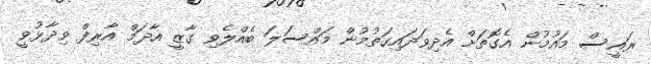
ރައީސް މައުމުން އެގޮތަށް އެދިވަދައިގަތުމުން މައްސަލަ ބެއްލެވި ގާޒީ އާދަމް އާރިފް ވިދާޅުވީ